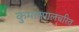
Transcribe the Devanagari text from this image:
कुमारपालचरित